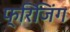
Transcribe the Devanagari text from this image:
फ्रिजिंग